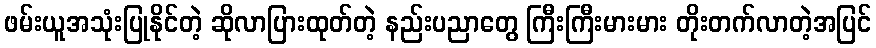
ဖမ်းယူအသုံးပြုနိုင်တဲ့ ဆိုလာပြားထုတ်တဲ့ နည်းပညာတွေ ကြီးကြီးမားမား တိုးတက်လာတဲ့အပြင်